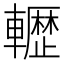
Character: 𮝬